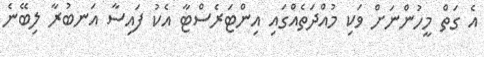
އެ ގަތް މީހުންނަށް ވަކި މުއްދަތެއްގައި އިންޓަރެސްޓާ އެކު ފައިސާ އަނބުރާ ލިބޭނެ